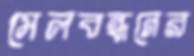
মেলবন্ধনের